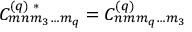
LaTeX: C _ { m n m _ { 3 } \ldots m _ { q } } ^ { ( q ) \; * } = C _ { n m m _ { q } \ldots m _ { 3 } } ^ { ( q ) }